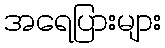
အရေပြားများ